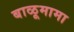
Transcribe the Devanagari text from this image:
बाळूमामा